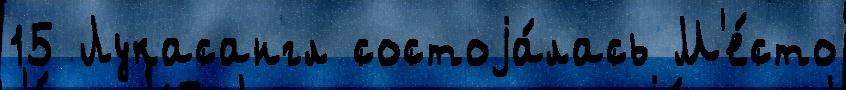
15 Лукасангл состоjа́лась М'е́сто